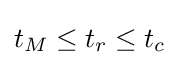
t_{M}\leq t_{r}\leq t_{c}